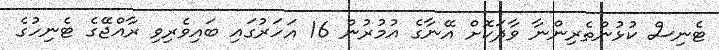
ޓެނިސް ކުޅުންތެރިންނާ ވާދަކޮށް އޭނާގެ އުމުރުން 16 އަހަރުގައި ބައިވެރިވި ރާއްޖޭގެ ޓެނިހުގެ